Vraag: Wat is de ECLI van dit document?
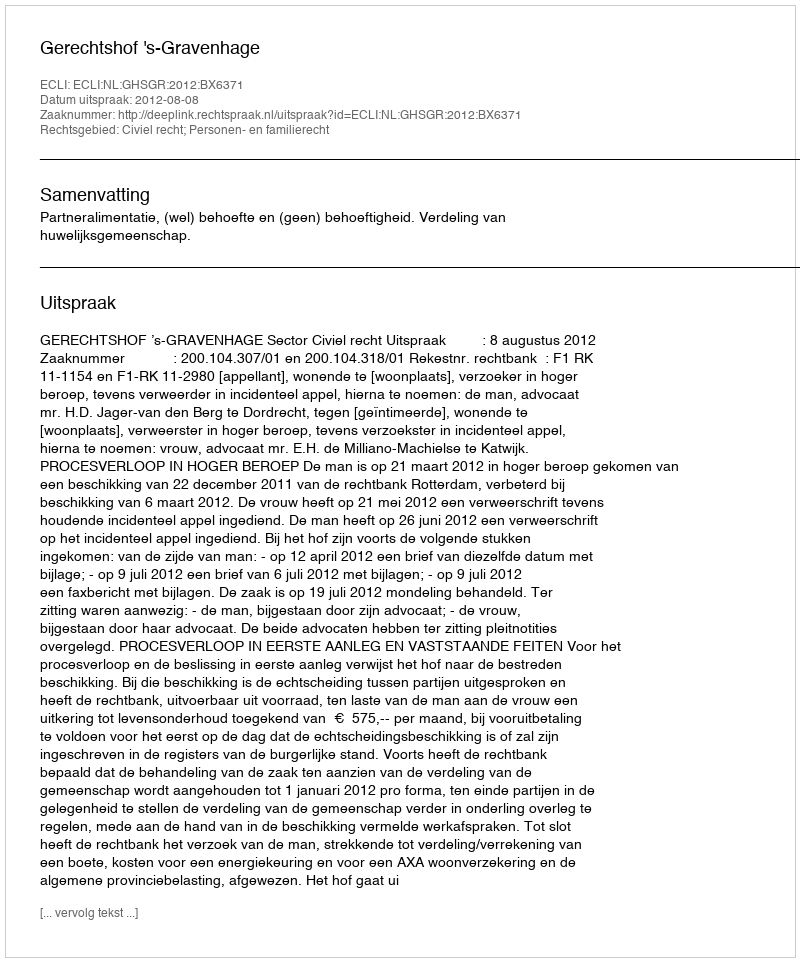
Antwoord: ECLI:NL:GHSGR:2012:BX6371